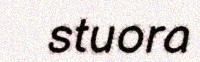
stuora